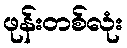
ဖုန်းတစ်လုံး